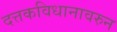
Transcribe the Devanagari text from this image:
दत्तकविधानावरुन